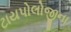
ટાયપોલોજીના